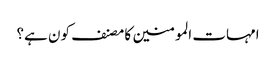
امہات المومنین کا مصنف کون ہے؟